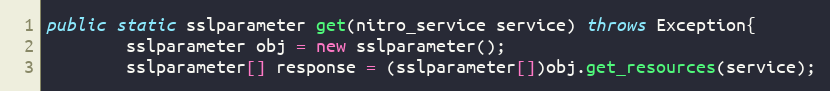
Language: Java
public static sslparameter get(nitro_service service) throws Exception{
		sslparameter obj = new sslparameter();
		sslparameter[] response = (sslparameter[])obj.get_resources(service);